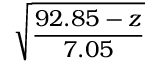
\displaystyle { \sqrt { \frac { 9 2 . 8 5 - z } { 7 . 0 5 } } }